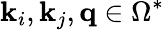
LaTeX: \mathbf{k}_{i},\mathbf{k}_{j},\mathbf{q}\in\Omega^{*}